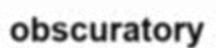
obscuratory